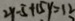
2 y - 5 + 1 5 y = 1 2